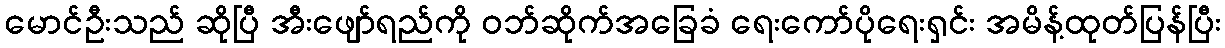
မောင်ဦးသည် ဆိုပြီ အီးဖျော်ရည်ကို ဝဘ်ဆိုက်အခြေခံ ရေးကော်ပိုရေးရှင်း အမိန့်ထုတ်ပြန်ပြီး